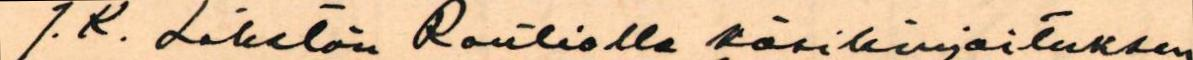
J.K. Lähetän Rautiolle käsikirjoituksen